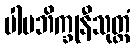
ပါပဘိက္ခုနီသုတ္တံ